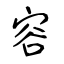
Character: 容